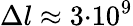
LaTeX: {\Delta}l\approx 3{\cdot}10^{9}